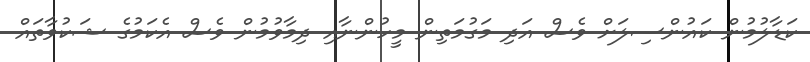
ކަޑާލުމުން ކައުންސިލަށް ވެސް އަދި މަގުމަތިން މީހުންނާއި ދިމާވުމުން ވެސް އެކަމުގެ ޝަކުވާތައް